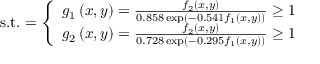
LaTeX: { \mathrm { s . t . } } = { \left\{ \begin{array} { l l } { g _ { 1 } \left( x , y \right) = { \frac { f _ { 2 } \left( x , y \right) } { 0 . 8 5 8 \exp \left( - 0 . 5 4 1 f _ { 1 } \left( x , y \right) \right) } } \geq 1 } \\ { g _ { 2 } \left( x , y \right) = { \frac { f _ { 2 } \left( x , y \right) } { 0 . 7 2 8 \exp \left( - 0 . 2 9 5 f _ { 1 } \left( x , y \right) \right) } } \geq 1 } \end{array} \right. }